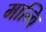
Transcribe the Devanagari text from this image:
मान्वि